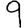
Digit: 9